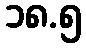
၁၈.၅